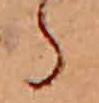
ら